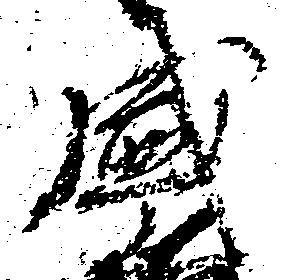
盛